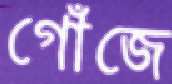
গোঁজে